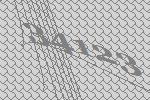
34123